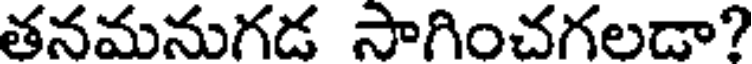
తనమనుగడ సాగించగలడా?